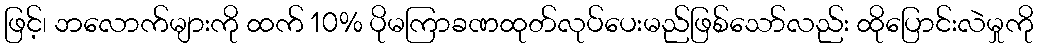
ဖြင့်၊ ဘလောက်များကို ထက် 10% ပိုမကြာခဏထုတ်လုပ်ပေးမည်ဖြစ်သော်လည်း ထိုပြောင်းလဲမှုကို